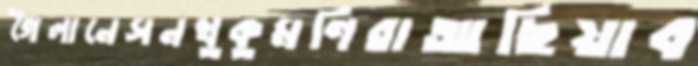
গৈলানেসনখুকুমণিরাআছিয়াব